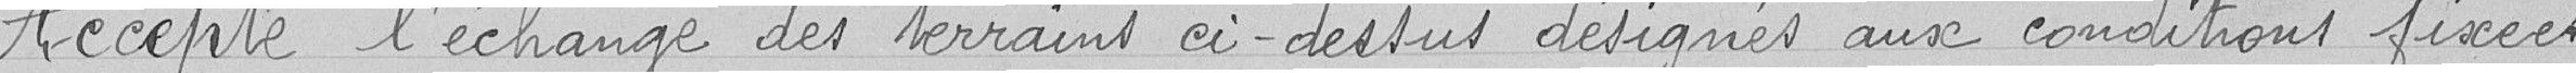
Accepte l'échange des terrains ci-dessus désignés aux conditions fixées